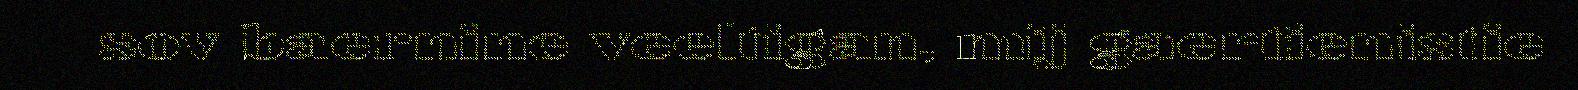
sov baernine veeltigan, mij gaertienistie